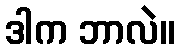
ဒါက ဘာလဲ။